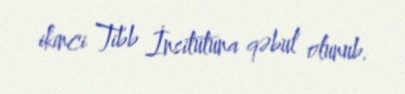
ikinci Tibb İnsitutuna qəbul olunub.